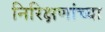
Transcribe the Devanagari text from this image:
निरिक्षणांच्या